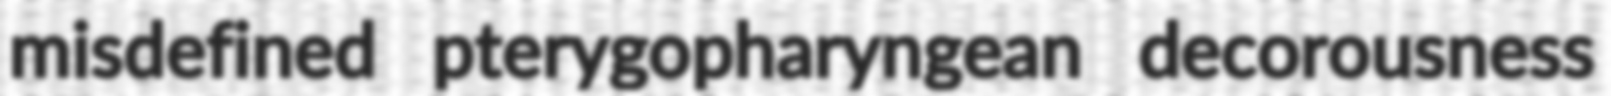
misdefined pterygopharyngean decorousness